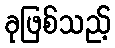
ခုဖြစ်သည့်